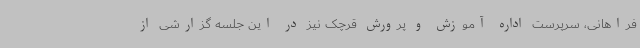
فراهانی، سرپرست اداره آموزش و پرورش قرچک نیز در این جلسه گزارشی از